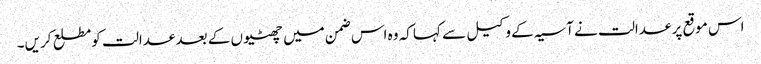
اس موقع پر عدالت نے آسیہ کے وکیل سے کہا کہ وہ اس ضمن میں چھٹیوں کے بعد عدالت کومطلع کریں۔